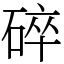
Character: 碎